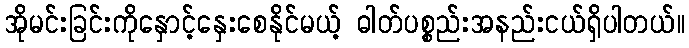
အိုမင်းခြင်းကိုနှောင့်နှေးစေနိုင်မယ့် ဓါတ်ပစ္စည်းအနည်းငယ်ရှိပါတယ်။